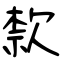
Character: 歀